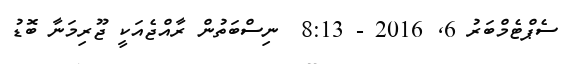
ސެޕްޓެމްބަރު 6